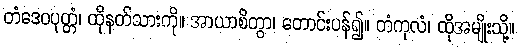
တံဒေဝပုတ္တံ၊ ထိုနတ်သားကို။ အာယာစိတွာ၊ တောင်းပန်၍။ တံကုလံ၊ ထိုအမျိုးသို့။